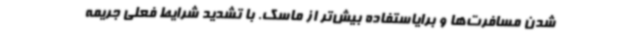
شدن مسافرت‌ها و برایاستفاده بیش‌تر از ماسک. با تشدید شرایط فعلی جریمه